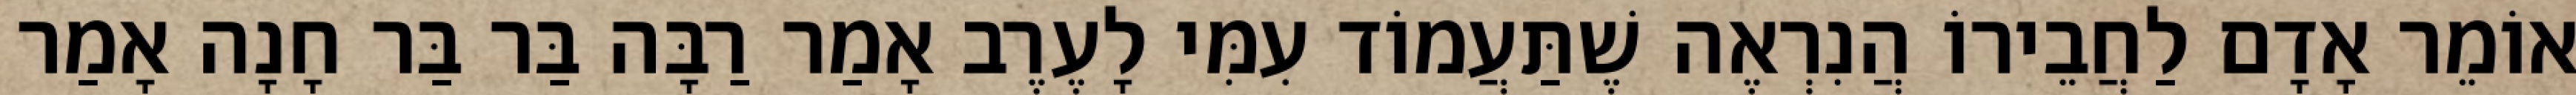
אוֹמֵר אָדָם לַחֲבֵירוֹ הֲנִרְאֶה שֶׁתַּעֲמוֹד עִמִּי לָעֶרֶב אָמַר רַבָּה בַּר בַּר חָנָה אָמַר